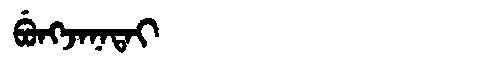
Manchu: ᠪᡠᠩᠵᠠᠨᠠᡨᠠᡳ
Romanization: BUNGJANATAI